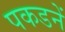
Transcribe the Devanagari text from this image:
पकडनें